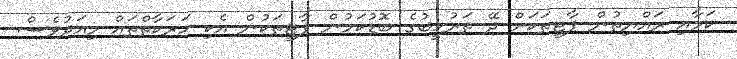
ކަމާއި ރައްޔިތުން ޕާޓީތަކަށް ދޭ ތަރުހީބުގެ ބޮޑުކަމުން ޕާޓީތަކުން އެކި ހަރަކާތްތައް މިއަދުވެސް